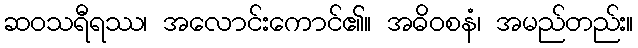
ဆဝသရီရဿ၊ အလောင်းကောင်၏။ အဓိဝစနံ၊ အမည်တည်း။